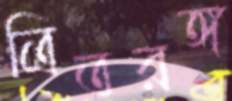
ত্রিতরঙ্গ